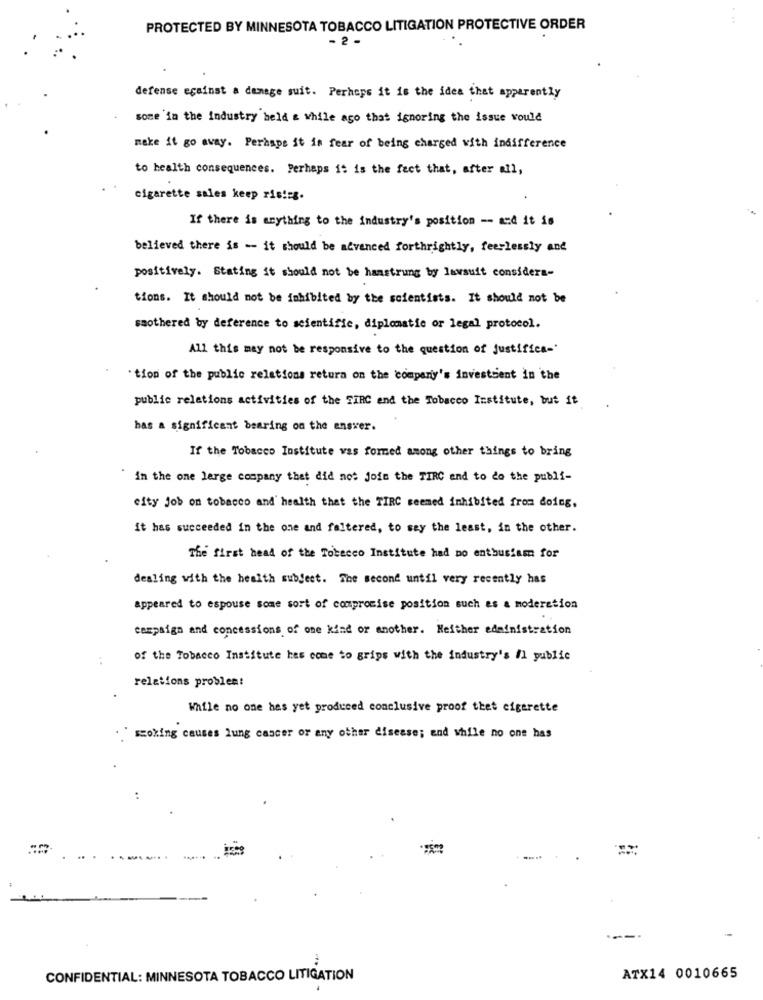
PROTECTED BY MINNESOTA TOBACCO LITIGATION PROTECTIVE ORDER
- 2 -
defense against a damage suit. Perhaps it is the idea that apparently
some in the industry held a while ago that ignoring the issue would
make it go away. Perhaps it is fear of being charged with indifference
to health consequences. Perhaps it is the fact that, after all,
cigarette sales keep rising.
If there is anything to the industry's position -- and it is
believed there is -- it should be advanced forthrightly, feerlessly and
positively. Stating it should not be hamstrung by lawsuit considera-
tions. It should not be inhibited by the scientists. It should not be
saothered by deference to scientific, diplomatic or legal protocol.
All this may not be responsive to the question of justifica-'
" tion of the public relations retura on the company's investcent in the
public relations activities of the TIRC and the Tobacco Institute, but it
has a significant bearing on the answer.
If the Tobacco Institute was formed among other things to bring
in the one large company that did not join the TIRC end to do the publi-
city Job on tobacco and' health that the TIRC seemed inhibited from doing,
it has succeeded in the one and faltered, to say the least, in the other.
The first head of the Tobacco Institute had po enthusiasm for
dealing with the health subject. The second until very recently has
appeared to espouse some sort of compromise position such as a moderation
campaign and concessions of one kind or another. Neither administration
:
of the Tobacco Institute has come to grips with the industry's /1 public
relations problem!
While no one has yet produced conclusive proof thet cigarette
ssoking causes lung cancer or any other disease; end while no one has
:
CONFIDENTIAL: MINNESOTA TOBACCO LITIGATION
ATX14 0010665